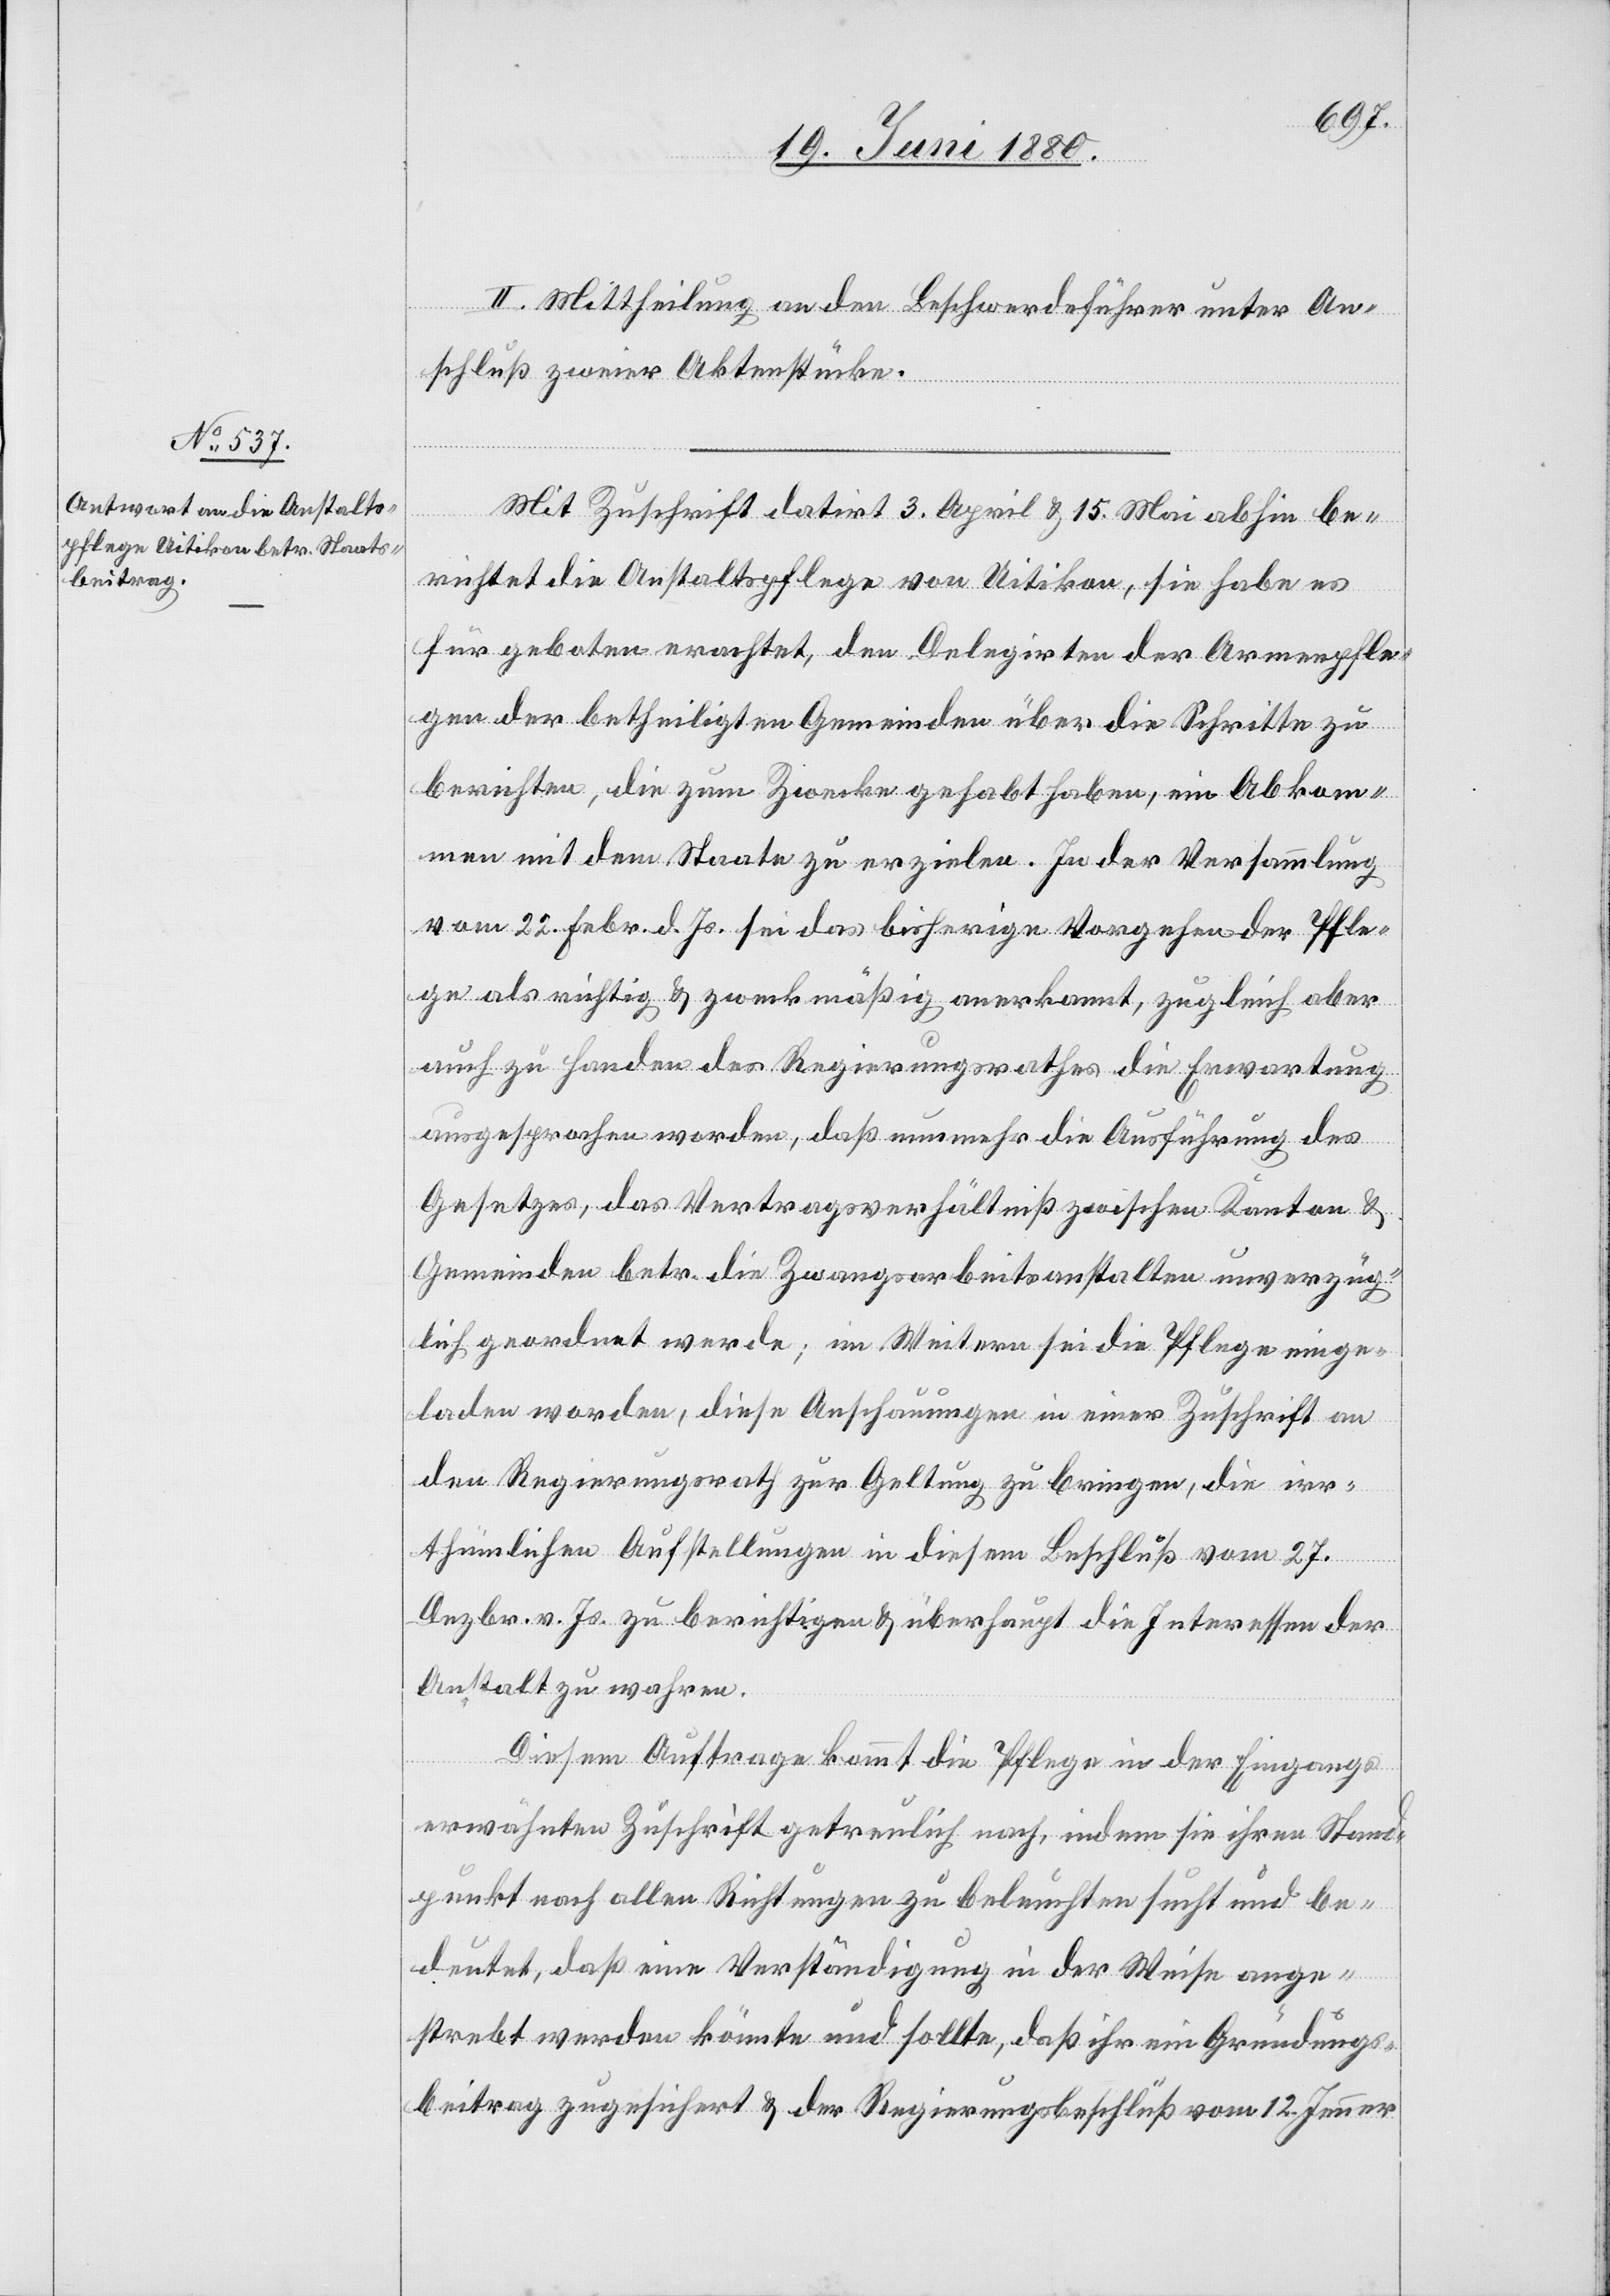
II. Mittheilung an den Beschwerdeführer unter An¬
schluß zweier Aktenstücke.
Mit Zuschrift datirt 3. April & 15. Mai abhin be¬
richtet die Anstaltspflege von Uitikon, sie habe es
für geboten erachtet, den Delegirten der Armenpfle¬
gen der betheiligten Gemeinden über die Schritte zu
berichten, die zum Zwecke gehabt haben, ein Abkom¬
men mit dem Staate zu erzielen. In der Versammlung
vom 22. Febr. d. Js. sie das bisherige Vorgehen der Pfle¬
ge als richtig & zweckmäßig anerkannt, zugleich aber
auch zu Handen des Regierungsrathes die Erwartung
ausgesprochen worden, daß nunmehr die Ausführung des
Gesetzes, das Vertragsverhältniß zwischen Kanton &
Gemeinden betr. die Zwangsarbeitsanstalten unverzüg¬
lich geordnet werde, im Weitern sei die Pflege einge¬
laden worden, diese Anschauungen in einer Zuschrift an
den Regierungsrath zur Geltung zu bringen, die irr¬
thümlichen Aufstellungen in diesem Beschluß vom 27.
Dezbr. v. Js. zu berichtigen & überhaupt die Interessen der
Anstalt zu wahren.
Diesem Auftrage kommt die Pflege in der Eingangs
erwähnten Zuschrift getreulich nach, indem sie ihren Stand¬
punkt nach allen Richtungen zu beleuchten sucht und be¬
deutet, daß eine Verständigung in der Weise ange¬
strebt werden könnte und sollte, daß ihr ein Gründungs¬
beitrag zugesichert & der Regierungsbeschluß vom 12. Jenner